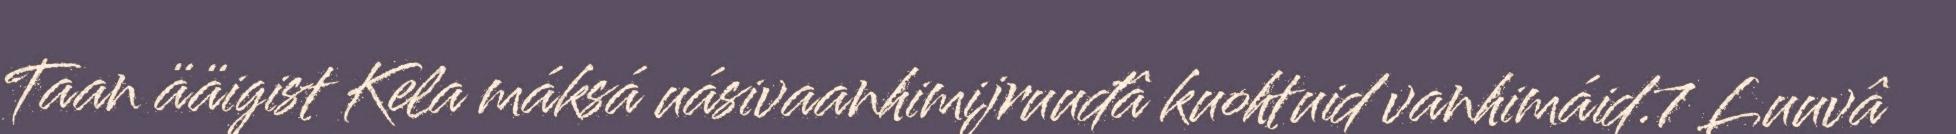
Taan ääigist Kela máksá uásivaanhimijruuđâ kuohtuid vanhimáid.7 Luuvâ